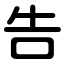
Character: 告